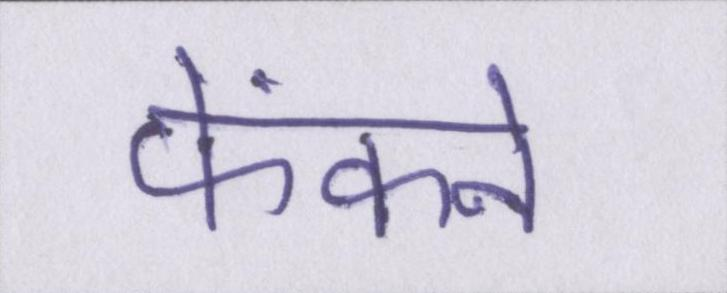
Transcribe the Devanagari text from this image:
फेंकने